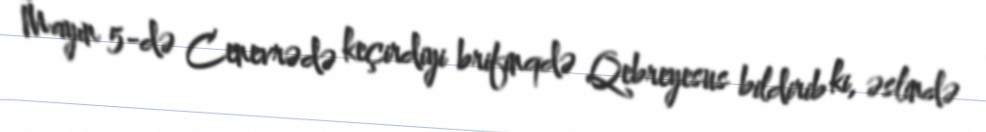
Mayın 5-də Cenevrədə keçirdiyi brifinqdə Qebreyesus bildirib ki, əslində